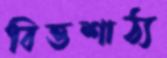
বিত্তশাঠ্য